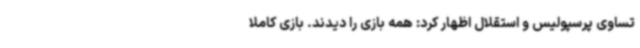
تساوی پرسپولیس و استقلال اظهار کرد: همه بازی را دیدند. بازی کاملاً